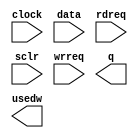
// megafunction wizard: %FIFO%VBB%
// GENERATION: STANDARD
// VERSION: WM1.0
// MODULE: scfifo 

// ============================================================
// Megafunction Name(s):
// 			scfifo
//
// Simulation Library Files(s):
// 			altera_mf
// ============================================================
// ************************************************************
// THIS IS A WIZARD-GENERATED FILE. DO NOT EDIT THIS FILE!
//
// 9.1 Build 222 10/21/2009 SJ Web Edition
// ************************************************************

//Copyright (C) 1991-2009 Altera Corporation
//Your use of Altera Corporation's design tools, logic functions 
//and other software and tools, and its AMPP partner logic 
//functions, and any output files from any of the foregoing 
//(including device programming or simulation files), and any 
//associated documentation or information are expressly subject 
//to the terms and conditions of the Altera Program License 
//Subscription Agreement, Altera MegaCore Function License 
//Agreement, or other applicable license agreement, including, 
//without limitation, that your use is for the sole purpose of 
//programming logic devices manufactured by Altera and sold by 
//Altera or its authorized distributors.  Please refer to the 
//applicable agreement for further details.

module rfifo (
	clock,
	data,
	rdreq,
	sclr,
	wrreq,
	q,
	usedw);

	input	  clock;
	input	[15:0]  data;
	input	  rdreq;
	input	  sclr;
	input	  wrreq;
	output	[15:0]  q;
	output	[7:0]  usedw;

endmodule

// ============================================================
// CNX file retrieval info
// ============================================================
// Retrieval info: PRIVATE: AlmostEmpty NUMERIC "0"
// Retrieval info: PRIVATE: AlmostEmptyThr NUMERIC "-1"
// Retrieval info: PRIVATE: AlmostFull NUMERIC "0"
// Retrieval info: PRIVATE: AlmostFullThr NUMERIC "-1"
// Retrieval info: PRIVATE: CLOCKS_ARE_SYNCHRONIZED NUMERIC "1"
// Retrieval info: PRIVATE: Clock NUMERIC "0"
// Retrieval info: PRIVATE: Depth NUMERIC "256"
// Retrieval info: PRIVATE: Empty NUMERIC "0"
// Retrieval info: PRIVATE: Full NUMERIC "0"
// Retrieval info: PRIVATE: INTENDED_DEVICE_FAMILY STRING "Cyclone III"
// Retrieval info: PRIVATE: LE_BasedFIFO NUMERIC "0"
// Retrieval info: PRIVATE: LegacyRREQ NUMERIC "1"
// Retrieval info: PRIVATE: MAX_DEPTH_BY_9 NUMERIC "0"
// Retrieval info: PRIVATE: OVERFLOW_CHECKING NUMERIC "0"
// Retrieval info: PRIVATE: Optimize NUMERIC "1"
// Retrieval info: PRIVATE: RAM_BLOCK_TYPE NUMERIC "0"
// Retrieval info: PRIVATE: SYNTH_WRAPPER_GEN_POSTFIX STRING "0"
// Retrieval info: PRIVATE: UNDERFLOW_CHECKING NUMERIC "0"
// Retrieval info: PRIVATE: UsedW NUMERIC "1"
// Retrieval info: PRIVATE: Width NUMERIC "16"
// Retrieval info: PRIVATE: dc_aclr NUMERIC "0"
// Retrieval info: PRIVATE: diff_widths NUMERIC "0"
// Retrieval info: PRIVATE: msb_usedw NUMERIC "0"
// Retrieval info: PRIVATE: output_width NUMERIC "16"
// Retrieval info: PRIVATE: rsEmpty NUMERIC "1"
// Retrieval info: PRIVATE: rsFull NUMERIC "0"
// Retrieval info: PRIVATE: rsUsedW NUMERIC "0"
// Retrieval info: PRIVATE: sc_aclr NUMERIC "0"
// Retrieval info: PRIVATE: sc_sclr NUMERIC "1"
// Retrieval info: PRIVATE: wsEmpty NUMERIC "0"
// Retrieval info: PRIVATE: wsFull NUMERIC "1"
// Retrieval info: PRIVATE: wsUsedW NUMERIC "0"
// Retrieval info: CONSTANT: ADD_RAM_OUTPUT_REGISTER STRING "ON"
// Retrieval info: CONSTANT: INTENDED_DEVICE_FAMILY STRING "Cyclone III"
// Retrieval info: CONSTANT: LPM_NUMWORDS NUMERIC "256"
// Retrieval info: CONSTANT: LPM_SHOWAHEAD STRING "OFF"
// Retrieval info: CONSTANT: LPM_TYPE STRING "scfifo"
// Retrieval info: CONSTANT: LPM_WIDTH NUMERIC "16"
// Retrieval info: CONSTANT: LPM_WIDTHU NUMERIC "8"
// Retrieval info: CONSTANT: OVERFLOW_CHECKING STRING "ON"
// Retrieval info: CONSTANT: UNDERFLOW_CHECKING STRING "ON"
// Retrieval info: CONSTANT: USE_EAB STRING "ON"
// Retrieval info: USED_PORT: clock 0 0 0 0 INPUT NODEFVAL clock
// Retrieval info: USED_PORT: data 0 0 16 0 INPUT NODEFVAL data[15..0]
// Retrieval info: USED_PORT: q 0 0 16 0 OUTPUT NODEFVAL q[15..0]
// Retrieval info: USED_PORT: rdreq 0 0 0 0 INPUT NODEFVAL rdreq
// Retrieval info: USED_PORT: sclr 0 0 0 0 INPUT NODEFVAL sclr
// Retrieval info: USED_PORT: usedw 0 0 8 0 OUTPUT NODEFVAL usedw[7..0]
// Retrieval info: USED_PORT: wrreq 0 0 0 0 INPUT NODEFVAL wrreq
// Retrieval info: CONNECT: @data 0 0 16 0 data 0 0 16 0
// Retrieval info: CONNECT: q 0 0 16 0 @q 0 0 16 0
// Retrieval info: CONNECT: @wrreq 0 0 0 0 wrreq 0 0 0 0
// Retrieval info: CONNECT: @rdreq 0 0 0 0 rdreq 0 0 0 0
// Retrieval info: CONNECT: @clock 0 0 0 0 clock 0 0 0 0
// Retrieval info: CONNECT: usedw 0 0 8 0 @usedw 0 0 8 0
// Retrieval info: CONNECT: @sclr 0 0 0 0 sclr 0 0 0 0
// Retrieval info: LIBRARY: altera_mf altera_mf.altera_mf_components.all
// Retrieval info: GEN_FILE: TYPE_NORMAL rfifo.v TRUE
// Retrieval info: GEN_FILE: TYPE_NORMAL rfifo.inc FALSE
// Retrieval info: GEN_FILE: TYPE_NORMAL rfifo.cmp FALSE
// Retrieval info: GEN_FILE: TYPE_NORMAL rfifo.bsf TRUE FALSE
// Retrieval info: GEN_FILE: TYPE_NORMAL rfifo_inst.v FALSE
// Retrieval info: GEN_FILE: TYPE_NORMAL rfifo_bb.v TRUE
// Retrieval info: GEN_FILE: TYPE_NORMAL rfifo_waveforms.html TRUE
// Retrieval info: GEN_FILE: TYPE_NORMAL rfifo_wave*.jpg FALSE
// Retrieval info: LIB_FILE: altera_mf